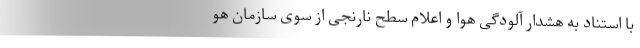
با استناد به هشدار آلودگی هوا و اعلام سطح نارنجی از سوی سازمان هو